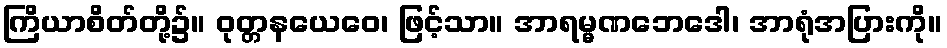
ကြိယာစိတ်တို့၌။ ဝုတ္တနယေဝေ၊ ဖြင့်သာ။ အာရမ္မဏဘေဒေါ၊ အာရုံအပြားကို။